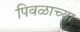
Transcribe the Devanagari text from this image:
पिवळाच्या